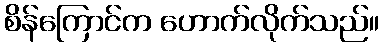
စိန်ကြောင်က ဟောက်လိုက်သည်။